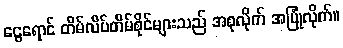
ငွေရောင် တိမ်လိပ်တိမ်စိုင်များသည် အစုလိုက် အပြုံလိုက်။